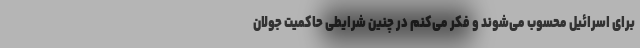
برای اسرائیل محسوب می‌شوند و فکر می‌کنم در چنین شرایطی حاکمیت جولان